65_HS1-834228961_62-HQ-83894_Section_1
Agency: FBI
Page 38
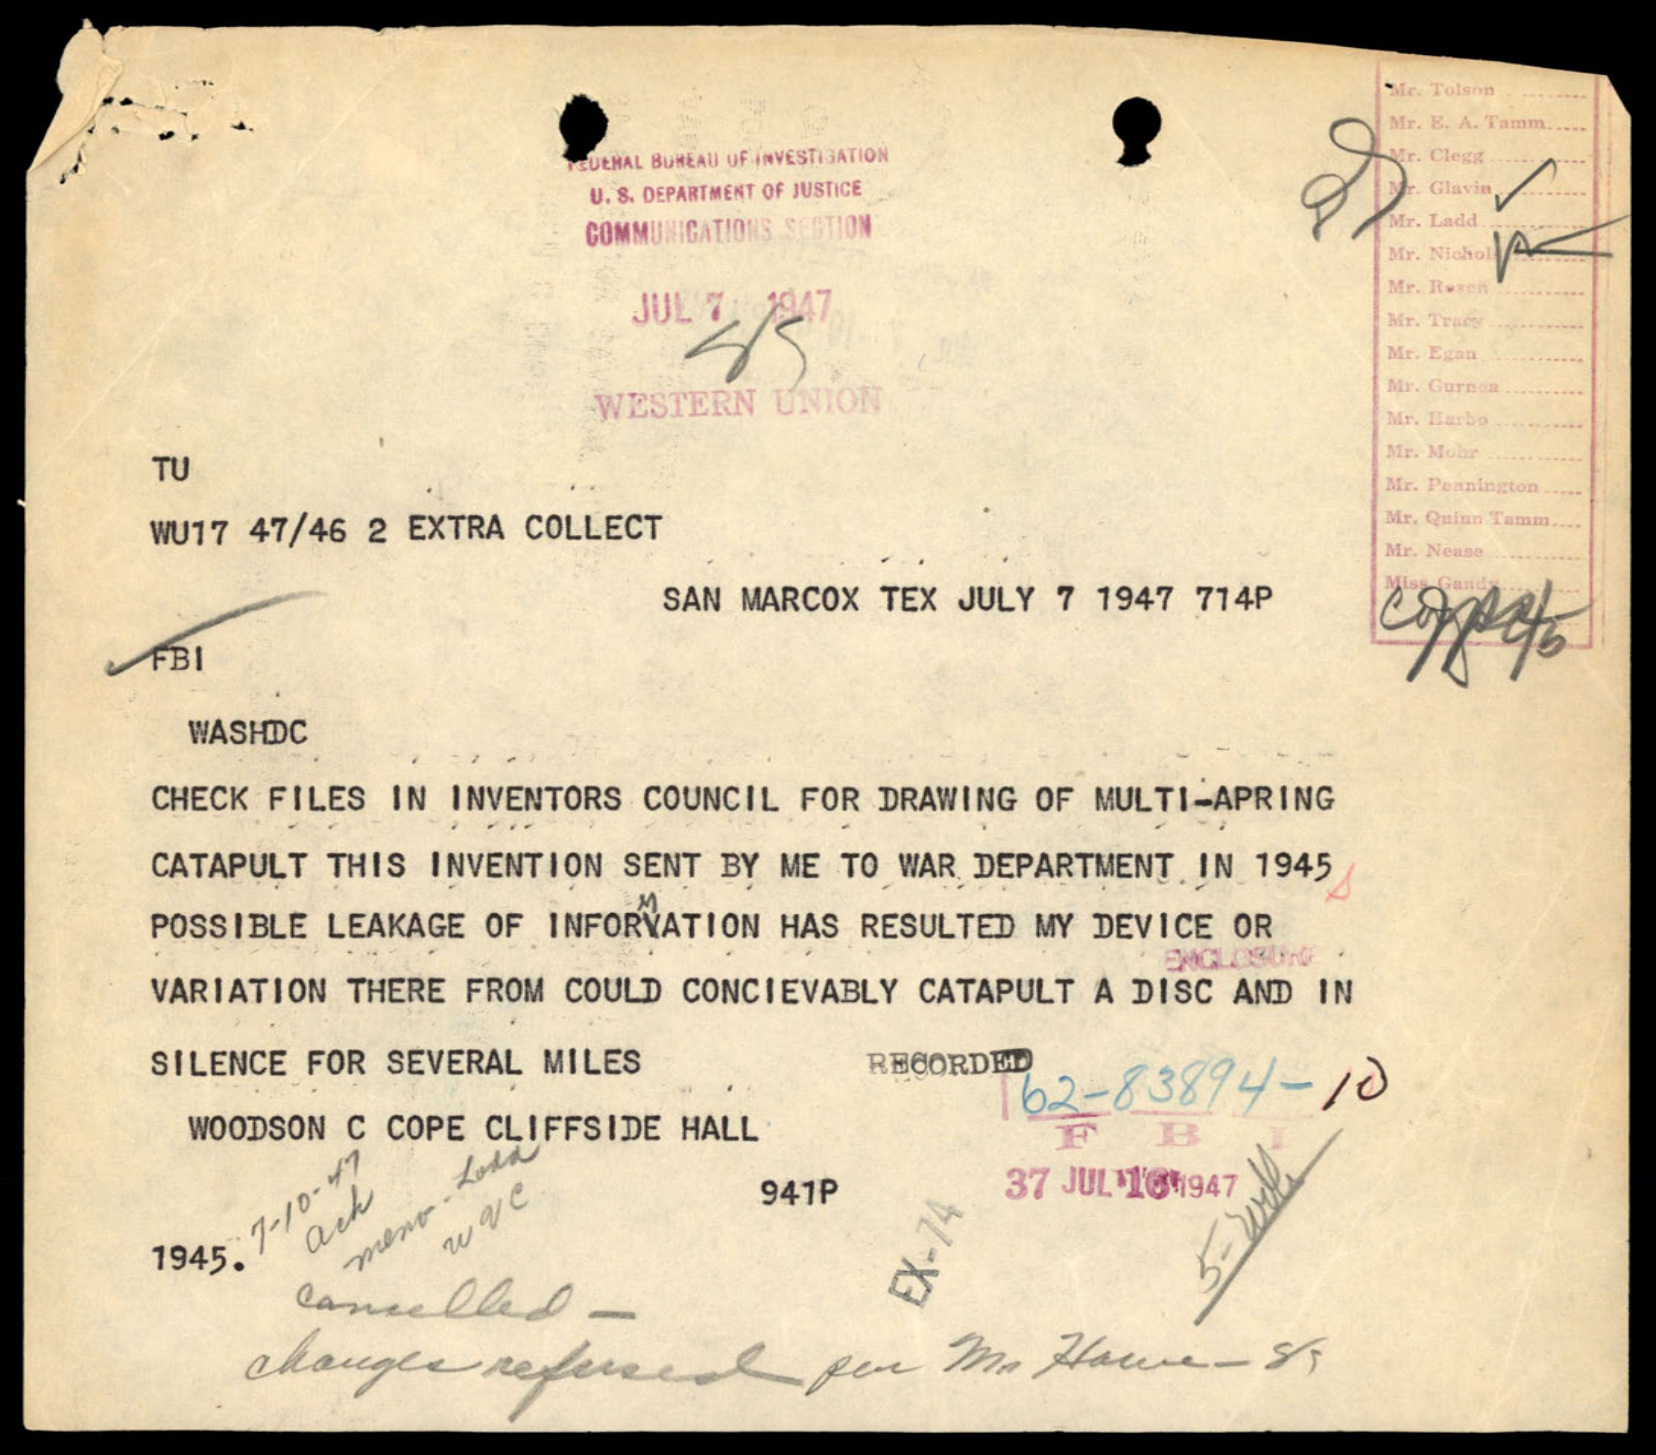